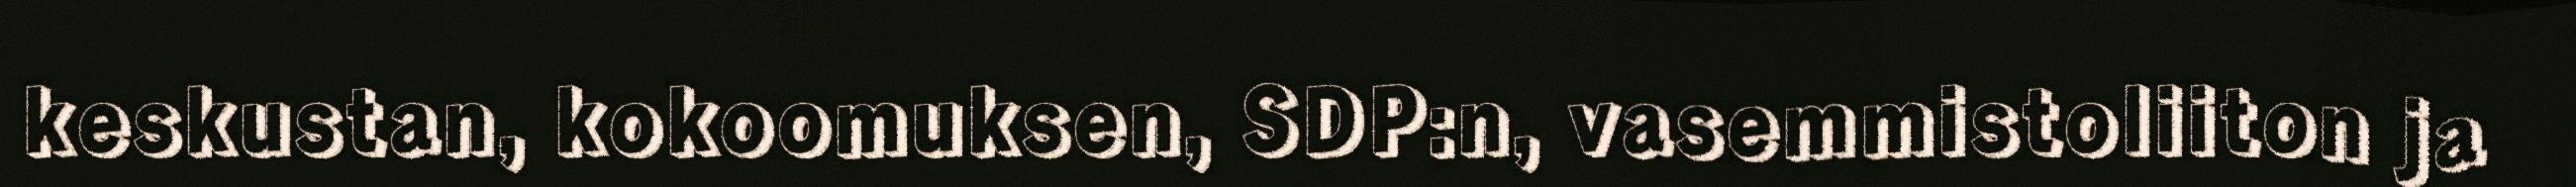
keskustan, kokoomuksen, SDP:n, vasemmistoliiton ja